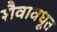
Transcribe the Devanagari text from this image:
शैवावधूत